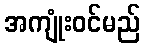
အကျုံးဝင်မည်